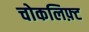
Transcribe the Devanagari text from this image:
चोकलिफ़्ट